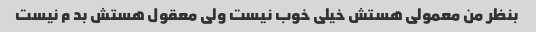
بنظر من معمولی هستش خیلی خوب نیست ولی معقول هستش بد م نیست